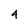
Character: 4